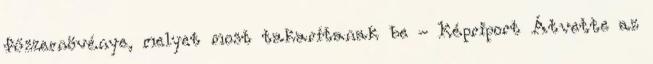
fűszernövénye, melyet most takarítanak be - Képriport Átvette az